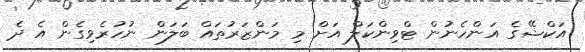
އަކްޝޭގެ އަންހެނުން ޓްވިންކަލް އަށް މި މަންޒަރުތައް ބަލަން ނުހުރެވިގެން އެ ދެ